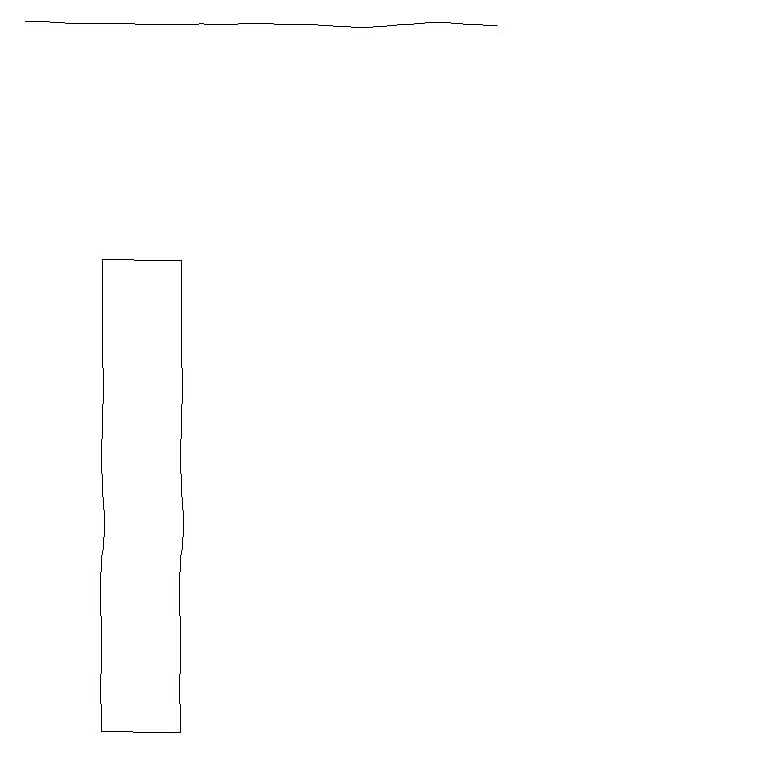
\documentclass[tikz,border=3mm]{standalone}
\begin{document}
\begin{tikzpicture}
\draw (11,10) circle (0);
\draw (2,19) rectangle (8,19);
\draw (3,10) rectangle (4,16);
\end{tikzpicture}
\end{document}